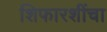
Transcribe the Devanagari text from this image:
शिफारशींचा